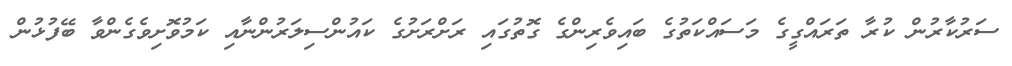
ސަރުކާރުން ކުރާ ތަރައްގީގެ މަސައްކަތުގެ ބައިވެރިންގެ ގޮތުގައި ރަށްރަށުގެ ކައުންސިލަރުންނާއި ކަމުވޮށިވެގެންވާ ބޭފުޅުން